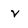
Character: v